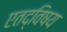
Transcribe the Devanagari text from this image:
एतद्विषय